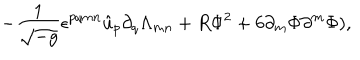
LaTeX: - { \frac { 1 } { \sqrt { - g } } } \epsilon ^ { p q m n } \hat { u } _ { p } \partial _ { q } \Lambda _ { m n } + R \Phi ^ { 2 } + 6 \partial _ { m } \Phi \partial ^ { m } \Phi ) ,